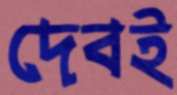
দেবই